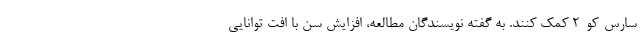
سارس-کو-2 کمک کنند. به گفته نویسندگان مطالعه، افزایش سن با افت توانایی